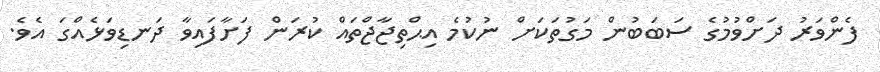
ފެންވަރު ދަށްވުމުގެ ސަބަބުން މަގުތަކަށް ނުކުމެ އިޙްތިޖާޖްތައް ކުރަން ފަށާފައިވާ ދަނޑިވަޅެއްގަ އެވެ.